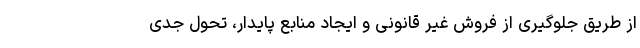
از طریق جلوگیری از فروش غیر قانونی و ایجاد منابع پایدار، تحول جدی